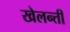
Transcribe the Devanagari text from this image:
खेलन्तीं